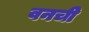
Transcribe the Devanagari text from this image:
वनची